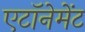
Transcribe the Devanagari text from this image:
एटॉनेमेंट